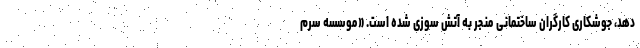
دهد، جوشکاری کارگران ساختمانی منجر به آتش سوزی شده است. «موسسه سرم